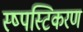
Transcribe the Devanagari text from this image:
स्ष्पस्टिकरण